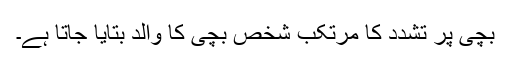
بچی پر تشدد کا مرتکب شخص بچی کا والد بتایا جاتا ہے۔